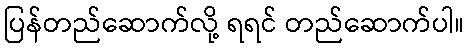
ပြန်တည်ဆောက်လို့ ရရင် တည်ဆောက်ပါ။